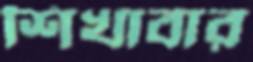
শিখাবার